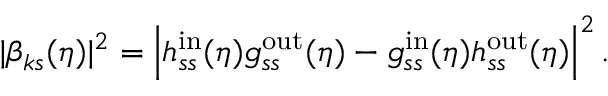
| \beta _ { k s } ( \eta ) | ^ { 2 } = \left| h _ { s s } ^ { \mathrm { i n } } ( \eta ) g _ { s s } ^ { \mathrm { o u t } } ( \eta ) - g _ { s s } ^ { \mathrm { i n } } ( \eta ) h _ { s s } ^ { \mathrm { o u t } } ( \eta ) \right| ^ { 2 } .